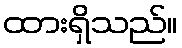
ထားရှိသည်။